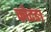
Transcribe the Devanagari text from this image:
कोटङा